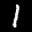
Label: 1